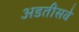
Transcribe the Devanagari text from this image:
अडतीसवे